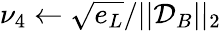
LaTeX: \nu_{4}\leftarrow\sqrt{e_{L}}/||\mathcal{D}_{B}||_{2}